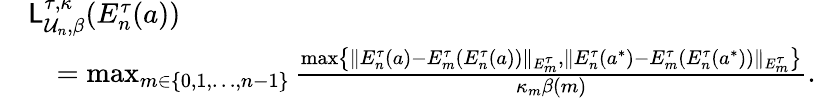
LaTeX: \begin{array}{rl}&{{\mathsf{L}}_{{\mathcal{U}}_{n},\beta}^{\tau,\kappa}(E_{n}^{\tau}(a))}\\ &{\quad=\operatorname*{max}_{m\in\{ 0,1,\ldots,n-1\} }\frac{\operatorname*{max}\left\{ \| E_{n}^{\tau}(a)-E_{m}^{\tau}(E_{n}^{\tau}(a))\| _{E_{m}^{\tau}},\| E_{n}^{\tau}(a^{*})-E_{m}^{\tau}(E_{n}^{\tau}(a^{*}))\| _{E_{m}^{\tau}}\right\} }{\kappa_{m}\beta(m)}.}\end{array}